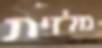
מלזית